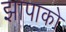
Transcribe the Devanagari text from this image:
झापाको